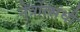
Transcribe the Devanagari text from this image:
नेत्रोंत्संधी